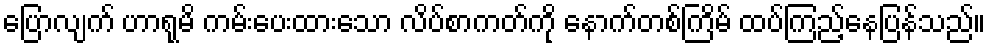
ပြောလျက် ဟာရုမိ ကမ်းပေးထားသော လိပ်စာကတ်ကို နောက်တစ်ကြိမ် ထပ်ကြည့်နေပြန်သည်။